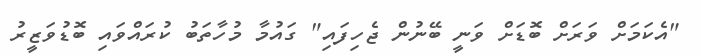
"އެކަމަށް ވަރަށް ބޮޑަށް ވަނީ ބޭނުން ޖެހިފައި" ގައުމާ މުހާތަބު ކުރައްވައި ބޮޑުވަޒީރު